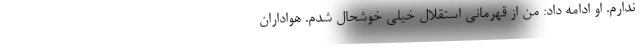
ندارم. او ادامه داد: من از قهرمانی استقلال خیلی خوشحال شدم. هواداران